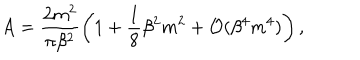
A = \frac { 2 m ^ { 2 } } { \pi \beta ^ { 2 } } \left( 1 + \frac { 1 } { 8 } \beta ^ { 2 } m ^ { 2 } + { \cal O } ( \beta ^ { 4 } m ^ { 4 } ) \right) ,